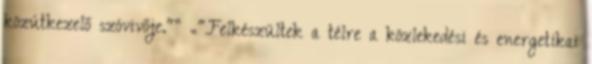
közútkezelő szóvivője."” „"Felkészültek a télre a közlekedési és energetikai